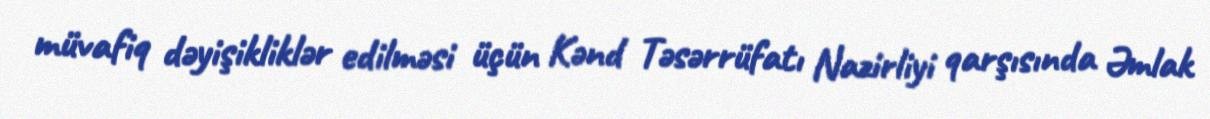
müvafiq dəyişikliklər edilməsi üçün Kənd Təsərrüfatı Nazirliyi qarşısında Əmlak